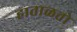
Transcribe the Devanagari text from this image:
हाताळतो